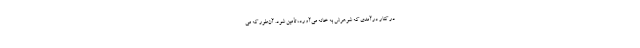
در کنار درآمدی که شوهرش به خانه می‌آورد، تأمین شود. آن‌طور که می‌